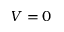
V = 0